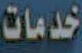
خدمات